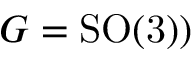
G = \mathrm { S O ( 3 ) } )